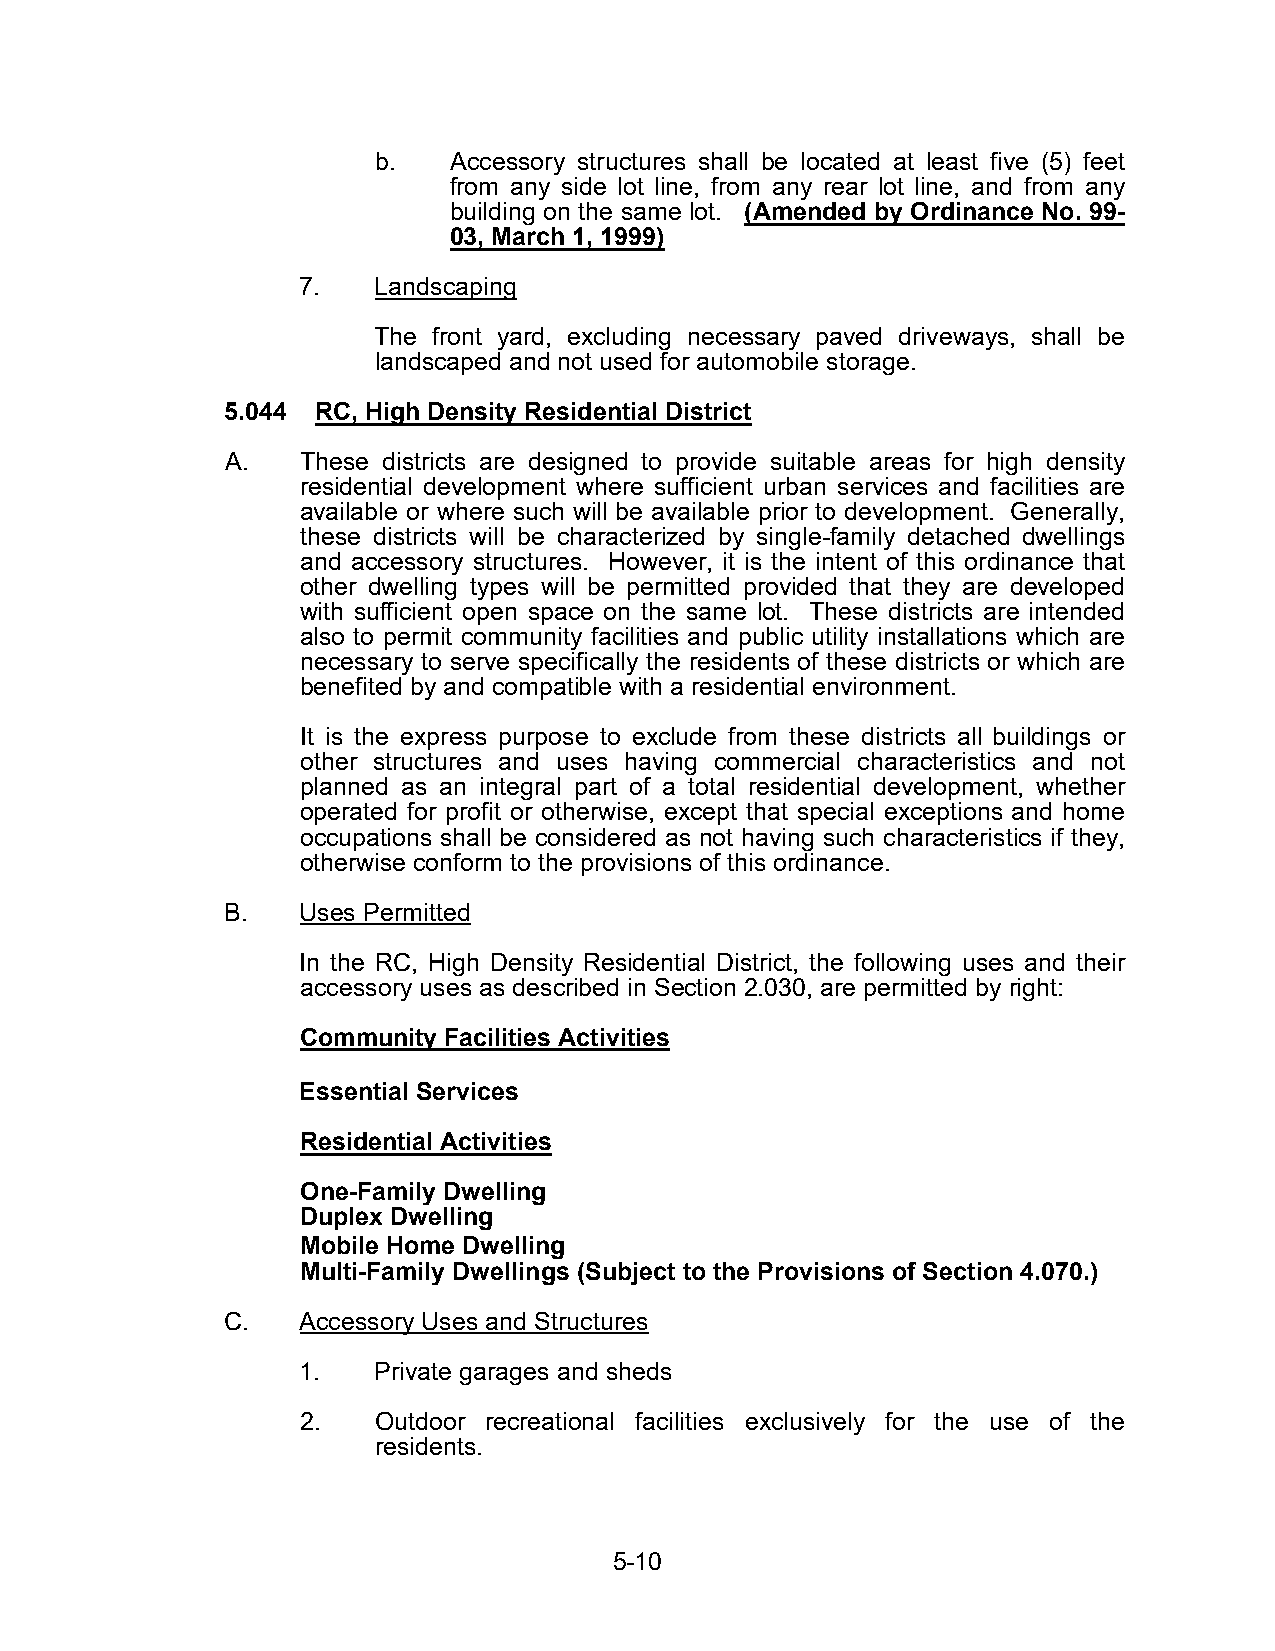
b.   Accessory structures shall be located at least five (5) feet
 from any side lot line, from any rear lot line, and from any
 building on the same lot. (Amended by Ordinance No. 99-
 03, March 1, 1999)
 7.   Landscaping
 The front yard, excluding necessary paved driveways, shall be
 landscaped and not used for automobile storage.
 5.044 RC, High Density Residential District
 A.   These districts are designed to provide suitable areas for high density
 residential development where sufficient urban services and facilities are
 available or where such will be available prior to development. Generally,
 these districts will be characterized by single-family detached dwellings
 and accessory structures. However, it is the intent of this ordinance that
 other dwelling types will be permitted provided that they are developed
 with sufficient open space on the same lot. These districts are intended
 also to permit community facilities and public utility installations which are
 necessary to serve specifically the residents of these districts or which are
 benefited by and compatible with a residential environment.
 It is the express purpose to exclude from these districts all buildings or
 other structures and uses having commercial characteristics and not
 planned as an integral part of a total residential development, whether
 operated for profit or otherwise, except that special exceptions and home
 occupations shall be considered as not having such characteristics if they,
 otherwise conform to the provisions of this ordinance.
 B.   Uses Permitted
 In the RC, High Density Residential District, the following uses and their
 accessory uses as described in Section 2.030, are permitted by right:
 Community Facilities Activities
 Essential Services
 Residential Activities
 One-Family Dwelling
 Duplex Dwelling
 Mobile Home Dwelling
 Multi-Family Dwellings (Subject to the Provisions of Section 4.070.)
 C.   Accessory Uses and Structures
 1.   Private garages and sheds
 2.   Outdoor recreational facilities exclusively for the use of the
 residents.
 5-10